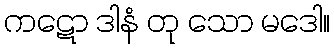
ကဋော ဒါနံ တု သော မဒေါ။